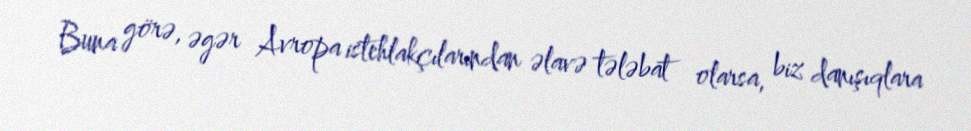
Buna görə, əgər Avropa istehlakçılarından əlavə tələbat olarsa, biz danışıqlara